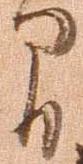
間